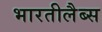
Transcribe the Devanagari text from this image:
भारतीलैब्स